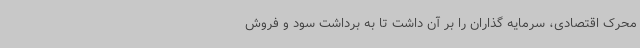
محرک اقتصادی، سرمایه گذاران را بر آن داشت تا به برداشت سود و فروش